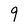
Character: 9